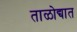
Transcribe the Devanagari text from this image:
ताळोद्यात